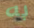
به